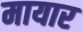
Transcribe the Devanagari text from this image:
मायार